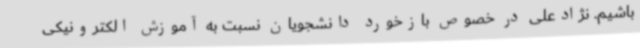
باشیم. نژادعلی در خصوص بازخورد دانشجویان نسبت به آموزش الکترونیکی